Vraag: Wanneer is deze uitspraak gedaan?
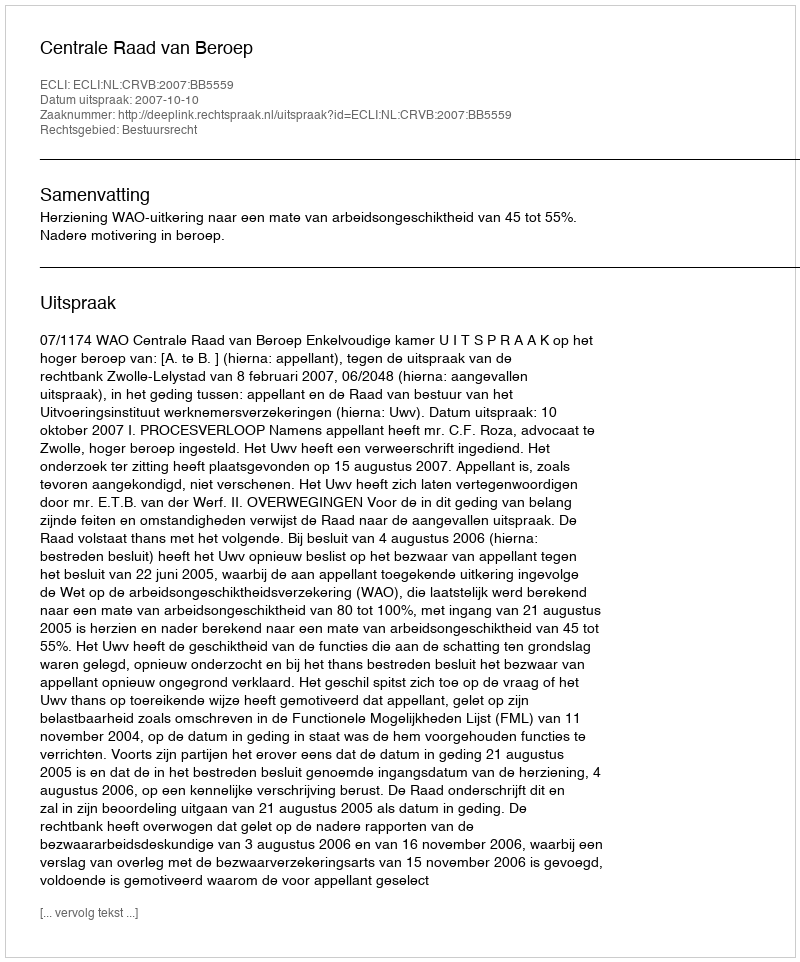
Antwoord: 2007-10-10